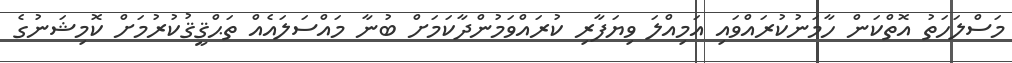
މަސްލަހަތު އޮތްކަން ހާމަނުކުރައްވައި އަމިއްލަ ވިޔަފާރި ކުރައްވަމުންދާކަމަށް ބުނާ މައްސަލައެއް ތަޙްޤީޤުކުރުމަށް ކޮމިޝަނުގެ